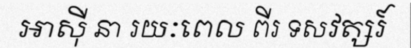
អាស៊ី នា រយៈពេល ពីរ ទសវត្សរ៍